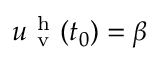
u _ { \mathrm { ~ v ~ } } ^ { \mathrm { ~ h ~ } } ( t _ { 0 } ) = \beta